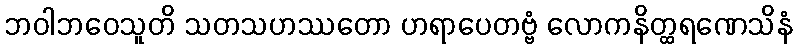
ဘဝါဘဝေသူတိ သတသဟဿတော ဟရာပေတဗ္ဗံ လောကနိတ္ထရဏေသိနံ